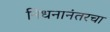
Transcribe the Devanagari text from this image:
निधनानंतरचा